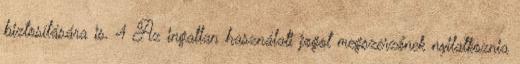
biztosítására is. 4 Az ingatlan használati jogot megszerzőnek nyilatkoznia